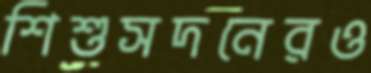
শিশুসদনেরও